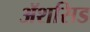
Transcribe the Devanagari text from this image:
ॲशसिड